Indian journal of veterinary science and animal husbandry - Volume 1,
Year: 1931
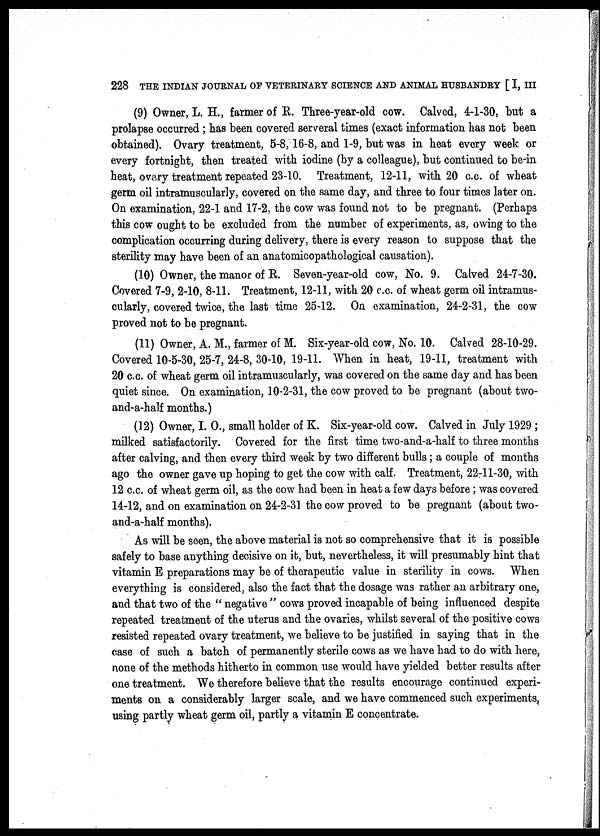
228 THE INDIAN JOURNAL OF VETERINARY SCIENCE AND ANIMAL HUSBANDRY [ I, III
(9) Owner, L. H., farmer of R. Three-year-old cow. Calved, 4-1-30, but a
prolapse occurred; has been covered serveral times (exact information has not been
obtained). Ovary treatment, 5-8, 16-8, and 1-9, but was in heat every week or
every fortnight, then treated with iodine (by a colleague), but continued to be-in
heat, ovary treatment repeated 23-10. Treatment, 12-11, with 20 c.c. of wheat
germ oil intramuscularly, covered on the same day, and three to four times later on.
On examination, 22-1 and 17-2, the cow was found not to be pregnant. (Perhaps
this cow ought to be excluded from the number of experiments, as, owing to the
complication occurring during delivery, there is every reason to suppose that the
sterility may have been of an anatomicopathological causation).
(10) Owner, the manor of R. Seven-year-old cow, No. 9. Calved 24-7-30.
Covered 7-9, 2-10, 8-11. Treatment, 12-11, with 20 c.c. of wheat germ oil intramus-
cularly, covered twice, the last time 25-12. On examination, 24-2-31, the cow
proved not to be pregnant.
(11) Owner, A. M., farmer of M. Six-year-old cow, No. 10. Calved 28-10-29.
Covered 10-5-30, 25-7, 24-8, 30-10, 19-11. When in heat, 19-11, treatment with
20 c.c. of wheat germ oil intramuscularly, was covered on the same day and has been
quiet since. On examination, 10-2-31, the cow proved to be pregnant (about two-
and-a-half months.)
(12) Owner, I. O., small holder of K. Six-year-old cow. Calved in July 1929 ;
milked satisfactorily. Covered for the first time two-and-a-half to three months
after calving, and then every third week by two different bulls; a couple of months
ago the owner gave up hoping to get the cow with calf. Treatment, 22-11-30, with
12 c.c. of wheat germ oil, as the cow had been in heat a few days before; was covered
14-12, and on examination on 24-2-31 the cow proved to be pregnant (about two-
and-a-half months).
As will be seen, the above material is not so comprehensive that it is possible
safely to base anything decisive on it, but, nevertheless, it will presumably hint that
vitamin E preparations may be of therapeutic value in sterility in cows. When
everything is considered, also the fact that the dosage was rather an arbitrary one,
and that two of the " negative " cows proved incapable of being influenced despite
repeated treatment of the uterus and the ovaries, whilst several of the positive cows
resisted repeated ovary treatment, we believe to be justified in saying that in the
case of such a batch of permanently sterile cows as we have had to do with here,
none of the methods hitherto in common use would have yielded better results after
one treatment. We therefore believe that the results encourage continued experi-
ments on a considerably larger scale, and we have commenced such experiments,
using partly wheat germ oil, partly a vitamin E concentrate.